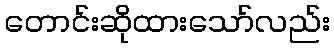
တောင်းဆိုထားသော်လည်း